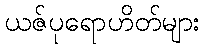
ယဇ်ပုရောဟိတ်များ